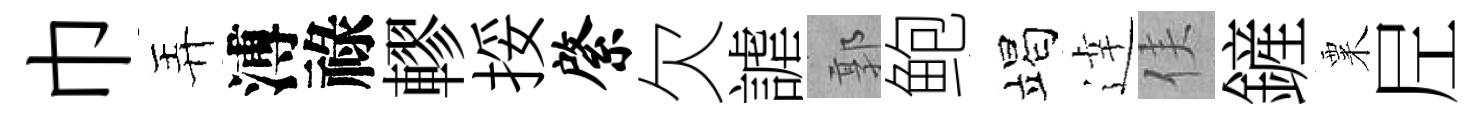
巾弄溥祿轇挼綮欠謔郭鲍竭逹侯鏟粟𡰱